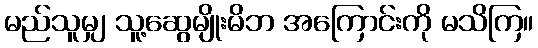
မည်သူမျှ သူ့ဆွေမျိုးမိဘ အကြောင်းကို မသိကြ။